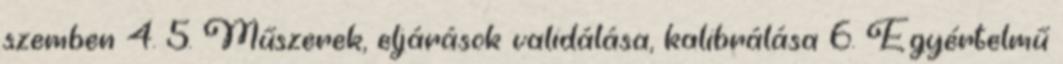
szemben 4. 5. Műszerek, eljárások validálása, kalibrálása 6. Egyértelmű